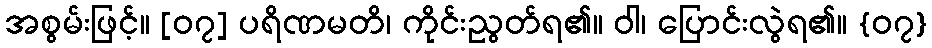
အစွမ်းဖြင့်။ [၀၇] ပရိဏမတိ၊ ကိုင်းညွတ်ရ၏။ ဝါ၊ ပြောင်းလွဲရ၏။ {၀၇}